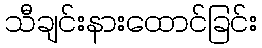
သီချင်းနားထောင်ခြင်း